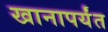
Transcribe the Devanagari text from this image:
खानापर्यंत